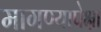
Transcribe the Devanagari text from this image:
मागण्यापेक्षा